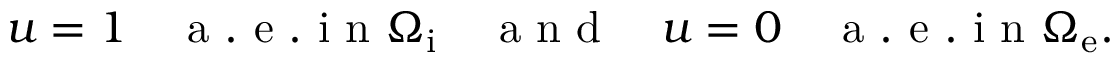
u = 1 \quad \mathrm { ~ a ~ . ~ e ~ . ~ i ~ n ~ } \Omega _ { \mathrm { i } } \quad \mathrm { ~ a ~ n ~ d ~ } \quad u = 0 \quad \mathrm { ~ a ~ . ~ e ~ . ~ i ~ n ~ } \Omega _ { \mathrm { e } } .